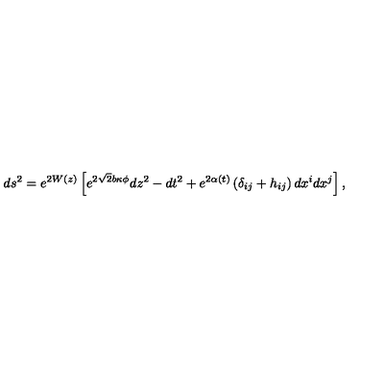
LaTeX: d s ^ { 2 } = e ^ { 2 W ( z ) } \left[ e ^ { 2 \sqrt { 2 } b \kappa \phi } d z ^ { 2 } - d t ^ { 2 } + e ^ { 2 \alpha ( t ) } \left( \delta _ { i j } + h _ { i j } \right) d x ^ { i } d x ^ { j } \right] ,